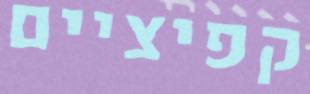
קפיציים